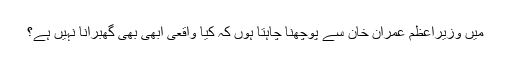
میں وزیراعظم عمران خان سے پوچھنا چاہتا ہوں کہ کیا واقعی ابھی بھی گھبرانا نہیں ہے؟